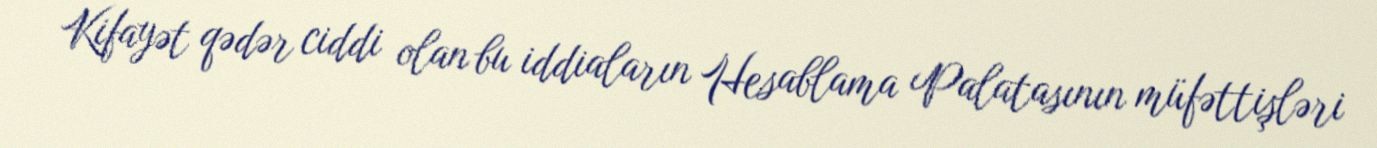
Kifayət qədər ciddi olan bu iddiaların Hesablama Palatasının müfəttişləri